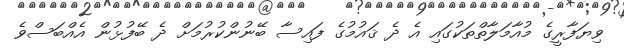
ވިޔަފާރީގެ މުއާމަލާތްތަކުގައި އެ ދެ ޤައުމުގެ ފައިސާ ބޭނުންކުރުމަށް ދެ ބޭފުޅުން އެއްބަސްވެ